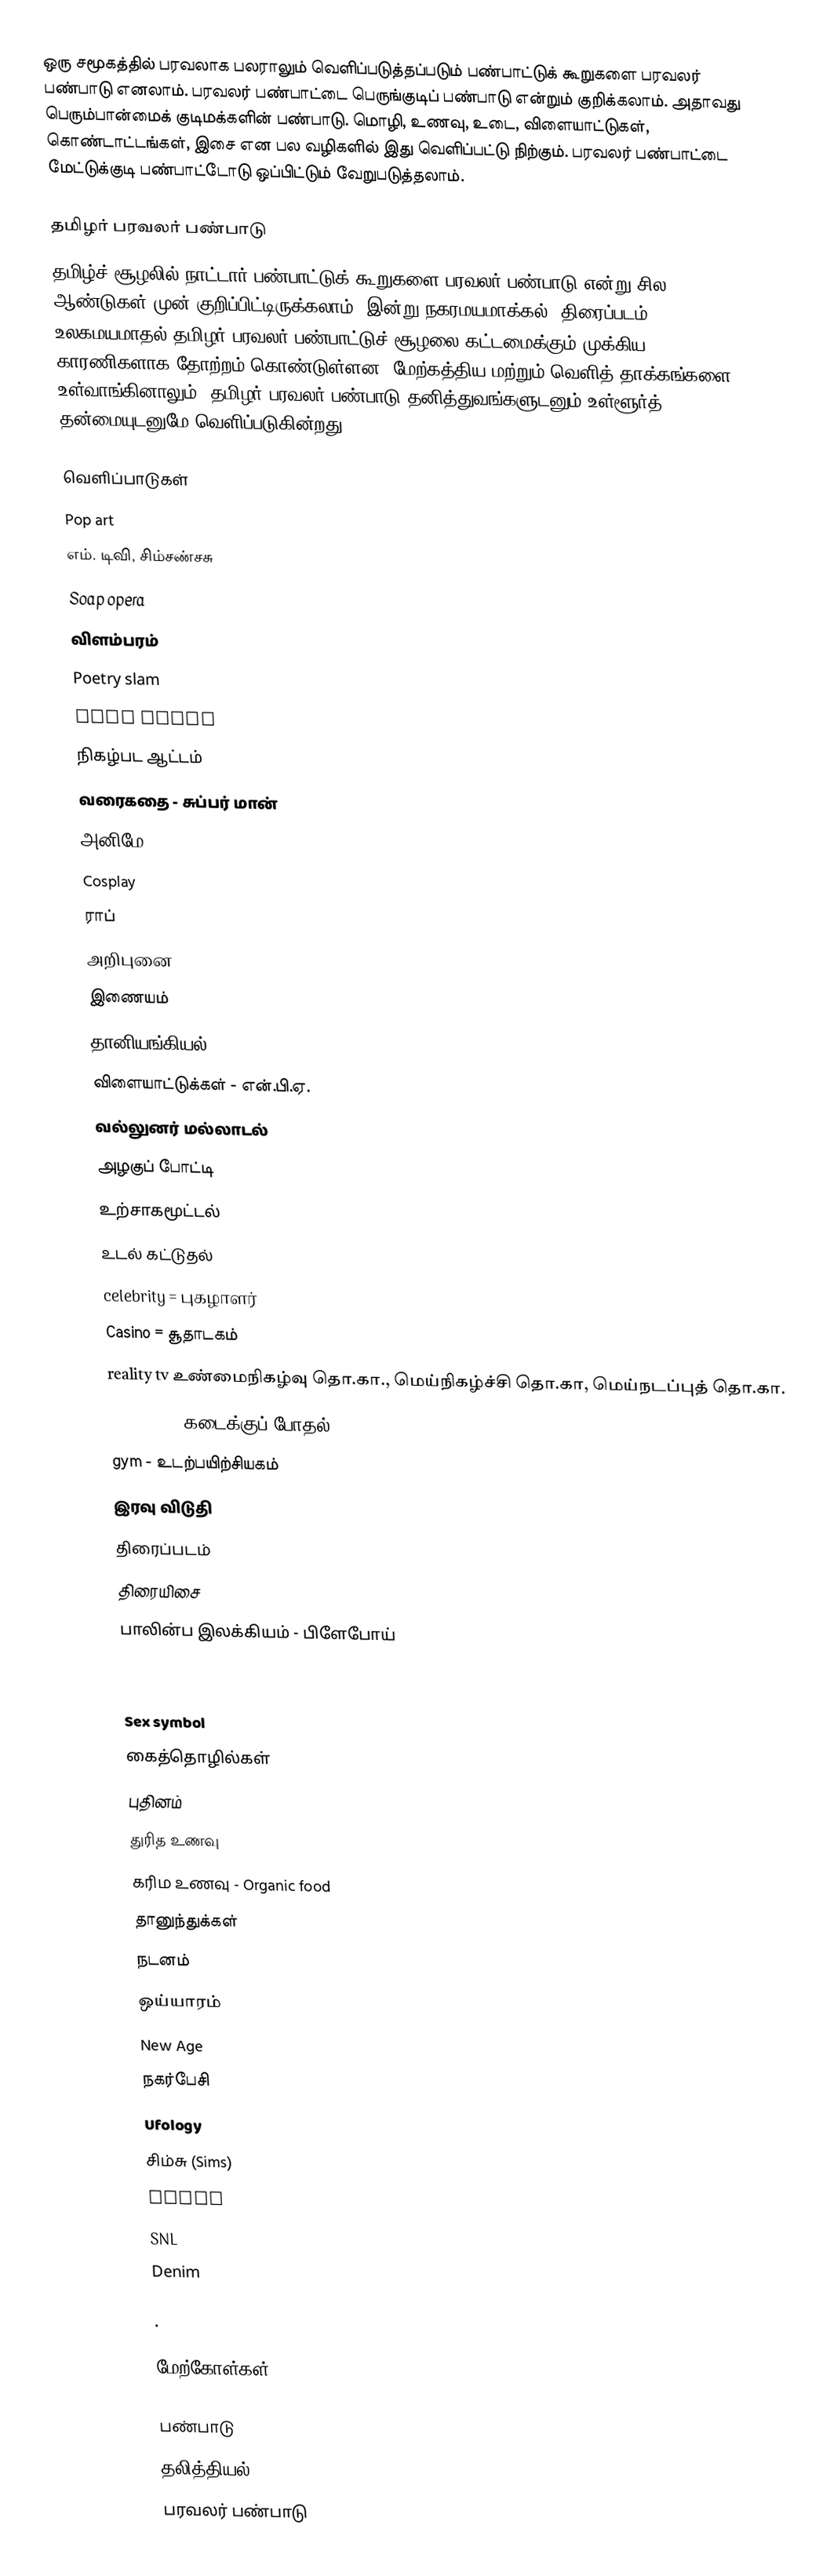
ஒரு சமூகத்தில் பரவலாக பலராலும் வெளிப்படுத்தப்படும் பண்பாட்டுக் கூறுகளை பரவலர் பண்பாடு எனலாம். பரவலர் பண்பாட்டை பெருங்குடிப் பண்பாடு என்றும் குறிக்கலாம். அதாவது பெரும்பான்மைக் குடிமக்களின் பண்பாடு. மொழி, உணவு, உடை, விளையாட்டுகள், கொண்டாட்டங்கள், இசை என பல வழிகளில் இது வெளிப்பட்டு நிற்கும். பரவலர் பண்பாட்டை மேட்டுக்குடி பண்பாட்டோடு ஒப்பிட்டும் வேறுபடுத்தலாம்.

தமிழர் பரவலர் பண்பாடு
தமிழ்ச் சூழலில் நாட்டார் பண்பாட்டுக் கூறுகளை பரவலர் பண்பாடு என்று சில ஆண்டுகள் முன் குறிப்பிட்டிருக்கலாம். இன்று நகரமயமாக்கல், திரைப்படம், உலகமயமாதல் தமிழர் பரவலர் பண்பாட்டுச் சூழலை கட்டமைக்கும் முக்கிய காரணிகளாக தோற்றம் கொண்டுள்ளன. மேற்கத்திய மற்றும் வெளித் தாக்கங்களை உள்வாங்கினாலும், தமிழர் பரவலர் பண்பாடு தனித்துவங்களுடனும் உள்ளூர்த் தன்மையுடனுமே வெளிப்படுகின்றது

வெளிப்பாடுகள்
 Pop art
 எம். டிவி, சிம்சண்சசு
 Soap opera
 விளம்பரம்
 Poetry slam
 Talk radio
 நிகழ்பட ஆட்டம்
 வரைகதை - சுப்பர் மான்
 அனிமே
 Cosplay
 ராப்
 அறிபுனை
 இணையம்
 தானியங்கியல்
 விளையாட்டுக்கள் - என்.பி.ஏ.
 வல்லுனர் மல்லாடல்
 அழகுப் போட்டி
 உற்சாகமூட்டல்
 உடல் கட்டுதல்
 celebrity = புகழாளர்
 Casino = சூதாடகம்
 reality tv உண்மைநிகழ்வு தொ.கா., மெய்நிகழ்ச்சி தொ.கா, மெய்நடப்புத் தொ.கா.
 shopping - கடைக்குப் போதல்
 gym - உடற்பயிற்சியகம்
 இரவு விடுதி
 திரைப்படம்
 திரையிசை
 பாலின்ப இலக்கியம் - பிளேபோய்
 Pin-up girl
 pornography
 Sex symbol
 கைத்தொழில்கள்
 புதினம்
 துரித உணவு
 கரிம உணவு - Organic food
 தானுந்துக்கள்
 நடனம்
 ஒய்யாரம்
 New Age
 நகர்பேசி
 Ufology
 சிம்சு (Sims)
 Slang
 SNL
 Denim

.

மேற்கோள்கள்

பண்பாடு
தலித்தியல்
பரவலர் பண்பாடு